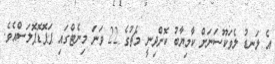
އެ ލަނޑު ލެވަކޫސަނަށް ކާމިޔާބު ކޮށްދިނީ މެޗުގެ 22 ވަނަ މިނެޓްގައި ޕަޕޮޑޮޕޮލަސްއެވެ.